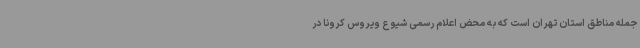
جمله مناطق استان تهران است که به محض اعلام رسمی شیوع ویروس کرونا در